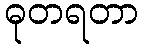
ဓုတရတာ